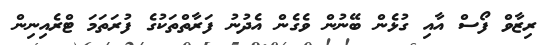
ރިޒާވް ފޯސް އާއި ގުޅެން ބޭނުން ވެގެން އެދުނު ފަރާތްތަކުގެ ފުރަތަމަ ޓްރެއިނިން